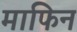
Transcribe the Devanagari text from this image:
माफिन